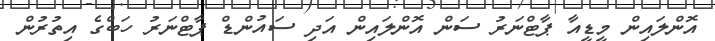
އޮންލައިން މީޑީއާ ޕާޓްނަރު ސަން އޮންލައިން އަދި ސައުންޑް ޕާޓްނަރު ހަބްގެ އިތުރުން